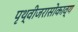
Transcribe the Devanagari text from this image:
पृथ्वीजरासोकाव्य